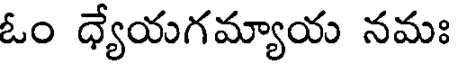
ఓం ధ్యేయగమ్యాయ నమః